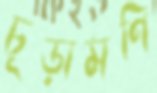
চূড়ামণি